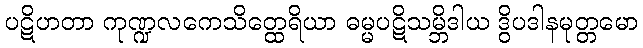
ပဋိဟတာ ကုဏ္ဍလကေသိတ္ထေရိယာ ဓမ္မပဋိသမ္ဘိဒါယ ဒွိပဒါနမုတ္တမော